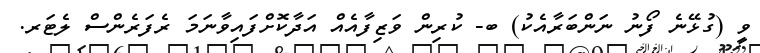
ވީ (ގުޅޭނެ ފޯނު ނަންބަރާއެކު) ބ- ކުރިން ވަޒިފާއެއް އަދާކޮށްފައިވާނަމަ ރެފަރެންސް ލެޓަރ.